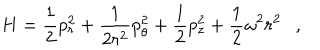
H = \frac { 1 } { 2 } p _ { r } ^ { 2 } + \frac { 1 } { 2 r ^ { 2 } } p _ { \theta } ^ { 2 } + \frac { 1 } { 2 } p _ { z } ^ { 2 } + \frac { 1 } { 2 } \omega ^ { 2 } r ^ { 2 } \ \ \ ,